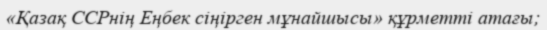
«Қазақ ССРнің Еңбек сіңірген мұнайшысы» құрметті атағы;